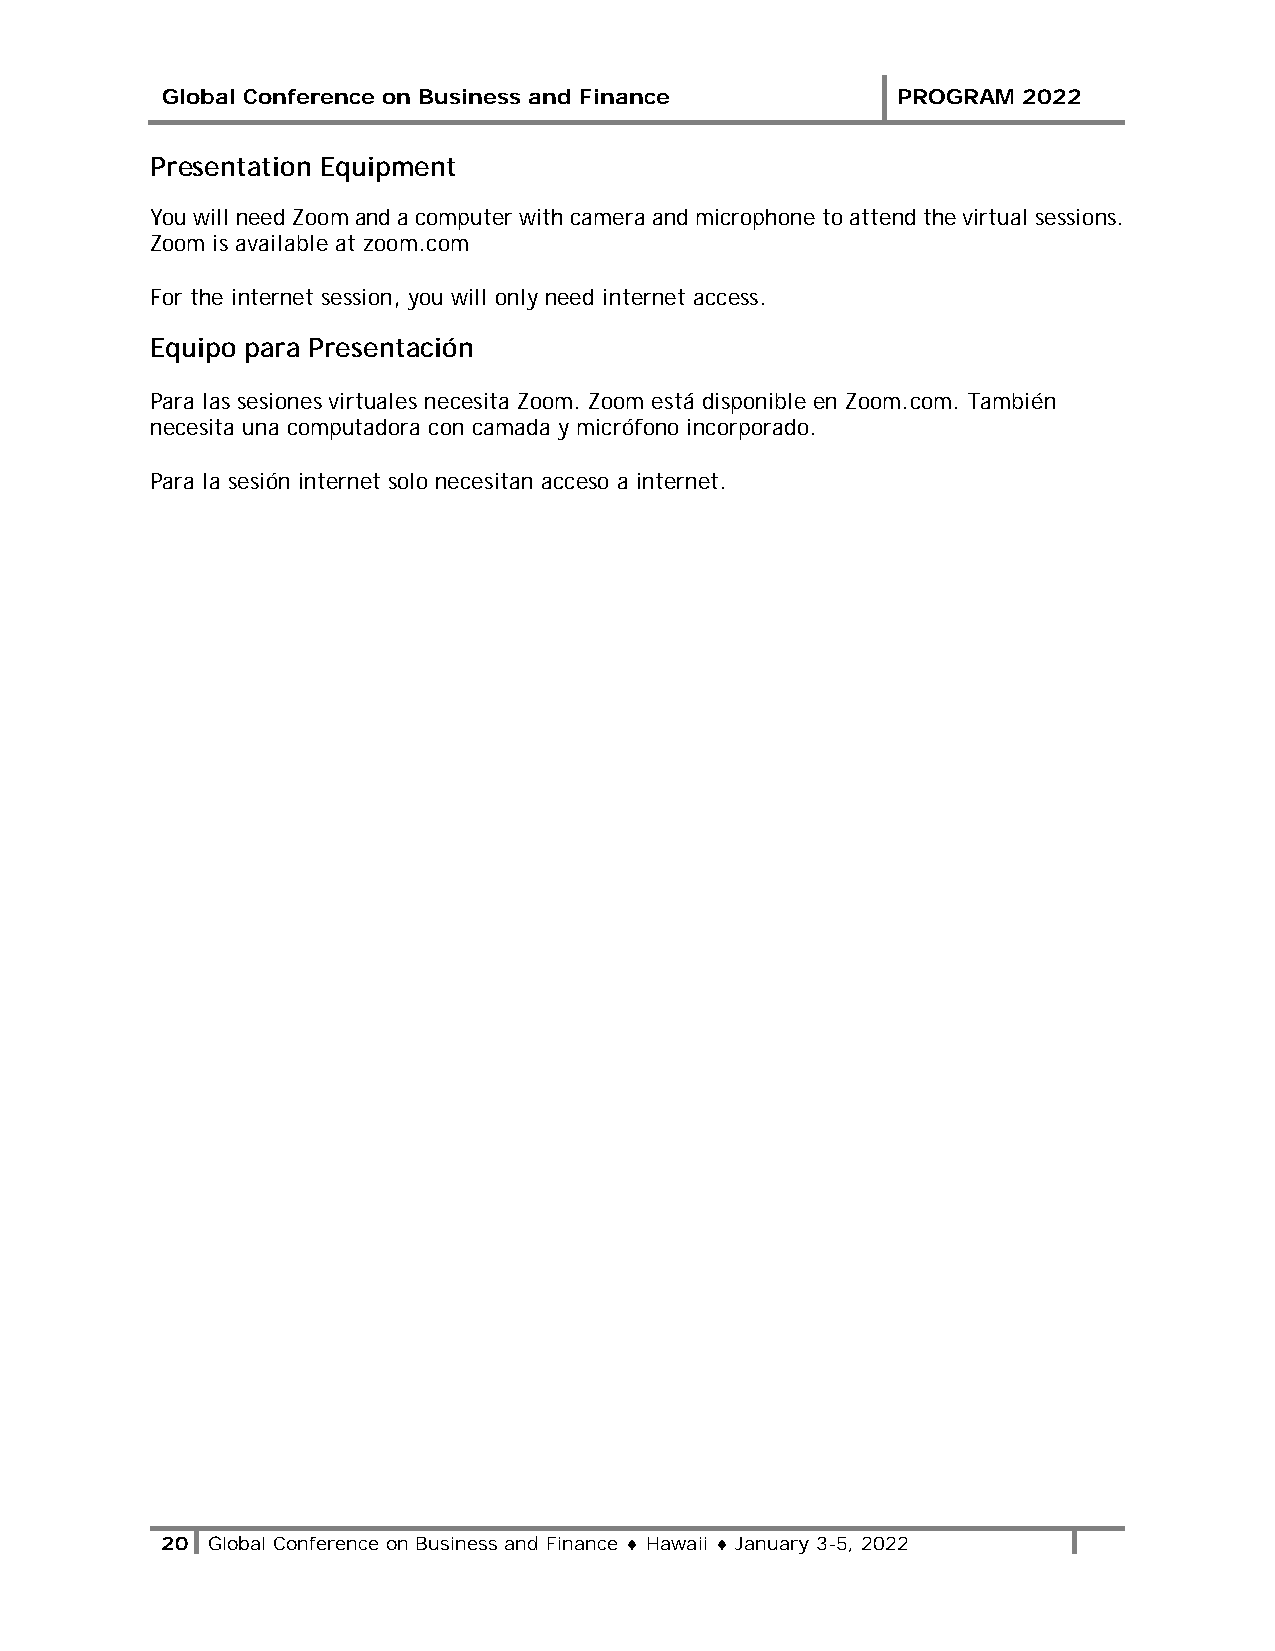
Global Conference on Business and Finance       PROGRAM  2022
 Presentation Equipment
 You will need Zoom and a computer with camera and microphone to attend the virtual sessions.
 Zoom is available at zoom.com
 For the internet session, you will only need internet access.
 Equipo para Presentación
 Para las sesiones virtuales necesita Zoom. Zoom está disponible en Zoom.com. También
 necesita una computadora con camada y micrófono incorporado.
 Para la sesión internet solo necesitan acceso a internet.
 20 Global Conference on Business and Finance ♦ Hawaii ♦ January 3-5, 2022